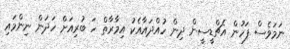
ނަމަވެސް ފަހުން އެޗްޑީސީން ދިން ހުއްދައާއެކު އިމާރާތް ހަ ބުރިއަށް ހަދަން ނިންމައި